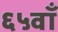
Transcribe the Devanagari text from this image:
६५वाँ